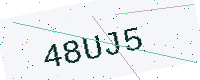
Text: 48UJ5